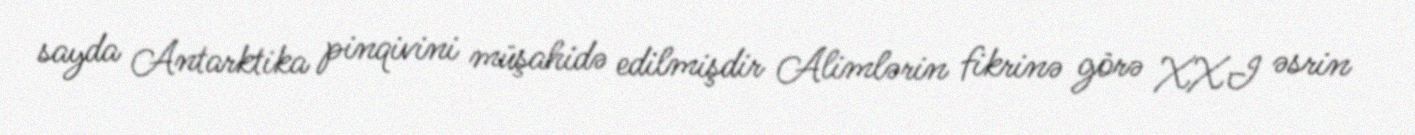
sayda Antarktika pinqivini müşahidə edilmişdir Alimlərin fikrinə görə XXI əsrin